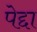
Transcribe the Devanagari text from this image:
पेद्दा